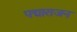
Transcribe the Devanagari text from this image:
पद्माराजन